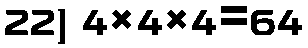
22) 4×4×4=64